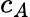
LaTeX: c_{A}